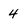
Character: 4